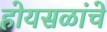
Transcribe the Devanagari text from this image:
होयसळांचे